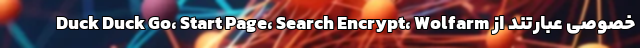
خصوصی عبارتند از Duck Duck Go، Start Page، Search Encrypt، Wolfarm